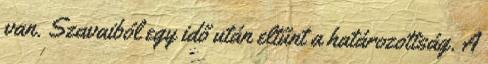
van. Szavaiból egy idő után eltűnt a határozottság. A